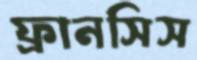
ফ্রানসিস